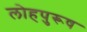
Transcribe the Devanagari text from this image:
लोहपुरूष